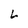
Character: L